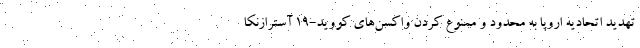
تهدید اتحادیه اروپا به محدود و ممنوع کردن واکسن‌های کووید-۱۹ آسترازنکا